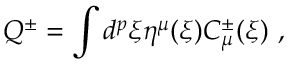
Q ^ { \pm } = \int d ^ { p } \xi \eta ^ { \mu } ( \xi ) { \cal C } _ { \mu } ^ { \pm } ( \xi ) \ ,